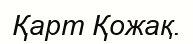
Қарт Қожақ.